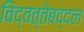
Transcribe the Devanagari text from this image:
विद्वत्तेबद्दल